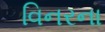
વિનરના